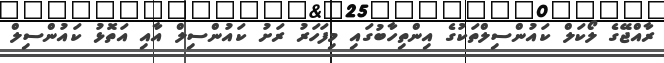
ރާއްޖޭގެ ލޯކަލް ކައުންސިލްތަކުގެ އިންތިހާބުގައި މިފަހަރު ރަށު ކައުންސިލް އާއި އަތޮޅު ކައުންސިލް